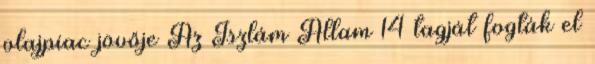
olajpiac jövője Az Iszlám Állam 14 tagját fogták el